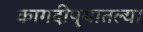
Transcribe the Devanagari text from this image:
कागदीपुर्‍यातल्या